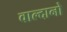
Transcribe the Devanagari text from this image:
वाल्दानो